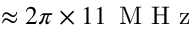
\approx 2 \pi \times 1 1 \, \mathrm { ~ M ~ H ~ z ~ }